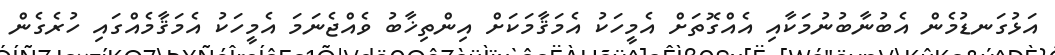
އަޅުގަނޑުމެން އެބުނާބުނުމަކާއި އެއްގޮތަށް އެމީހަކު އެމަޤާމަކަށް އިންތިޚާބު ވެއްޖެނަމަ އެމީހަކު އެމަޤާމެއްގައި ހުރެގެން